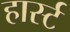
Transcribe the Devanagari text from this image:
हार्स्ट